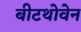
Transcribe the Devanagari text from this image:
बीटथोवेन